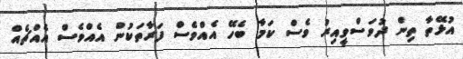
އުޅޭތާ ތިން ދުވަސްވީއިރު ވެސް ކަމާ ބެހޭ އެއްވެސް ފަރާތަކުން އެއްވެސް އެއްޗެއް